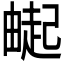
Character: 𬏌